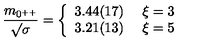
{ \frac { m _ { 0 ^ { + + } } } { \surd \sigma } } = \left\{ \begin{array} { l l } { 3 . 4 4 ( 1 7 ) } & { \ \xi = 3 } \\ { 3 . 2 1 ( 1 3 ) } & { \ \xi = 5 } \\ \end{array} \right.